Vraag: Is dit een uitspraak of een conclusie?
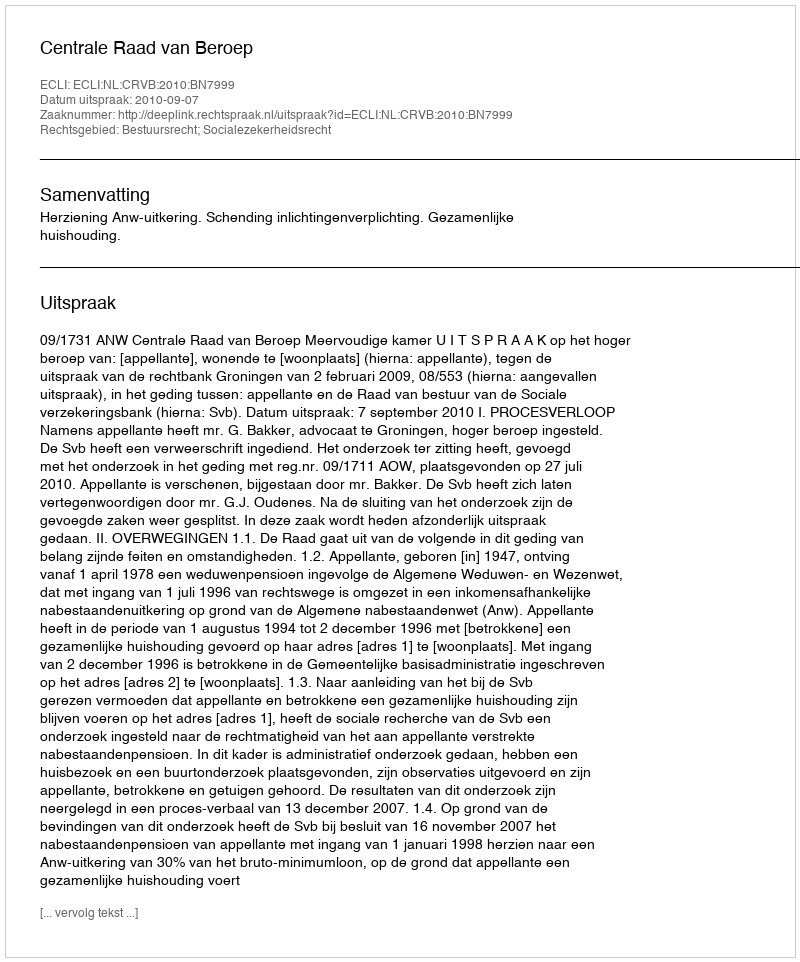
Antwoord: Uitspraak